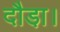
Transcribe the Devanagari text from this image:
दौडा़।